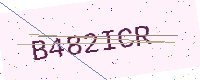
Text: B482ICR